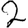
Digit: 2